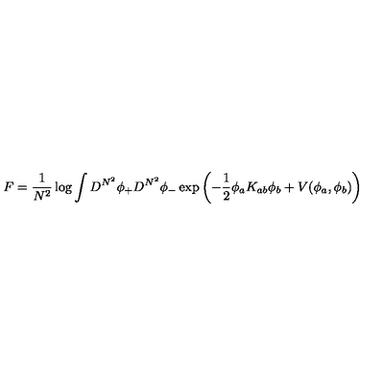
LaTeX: F = { \frac { 1 } { N ^ { 2 } } } \log \int D ^ { N ^ { 2 } } \phi _ { + } D ^ { N ^ { 2 } } \phi _ { - } \exp \left( - { \frac { 1 } { 2 } } \phi _ { a } K _ { a b } \phi _ { b } + V ( \phi _ { a } , \phi _ { b } ) \right)